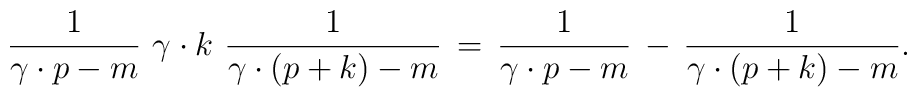
\frac{1}{\gamma \cdot p - m}\,\, \gamma \cdot k \,\,\frac{1}{\gamma \cdot (p + k) - m}\,=\,\frac{1}{\gamma \cdot p - m}\,-\,\frac{1}{\gamma \cdot (p + k) - m}.